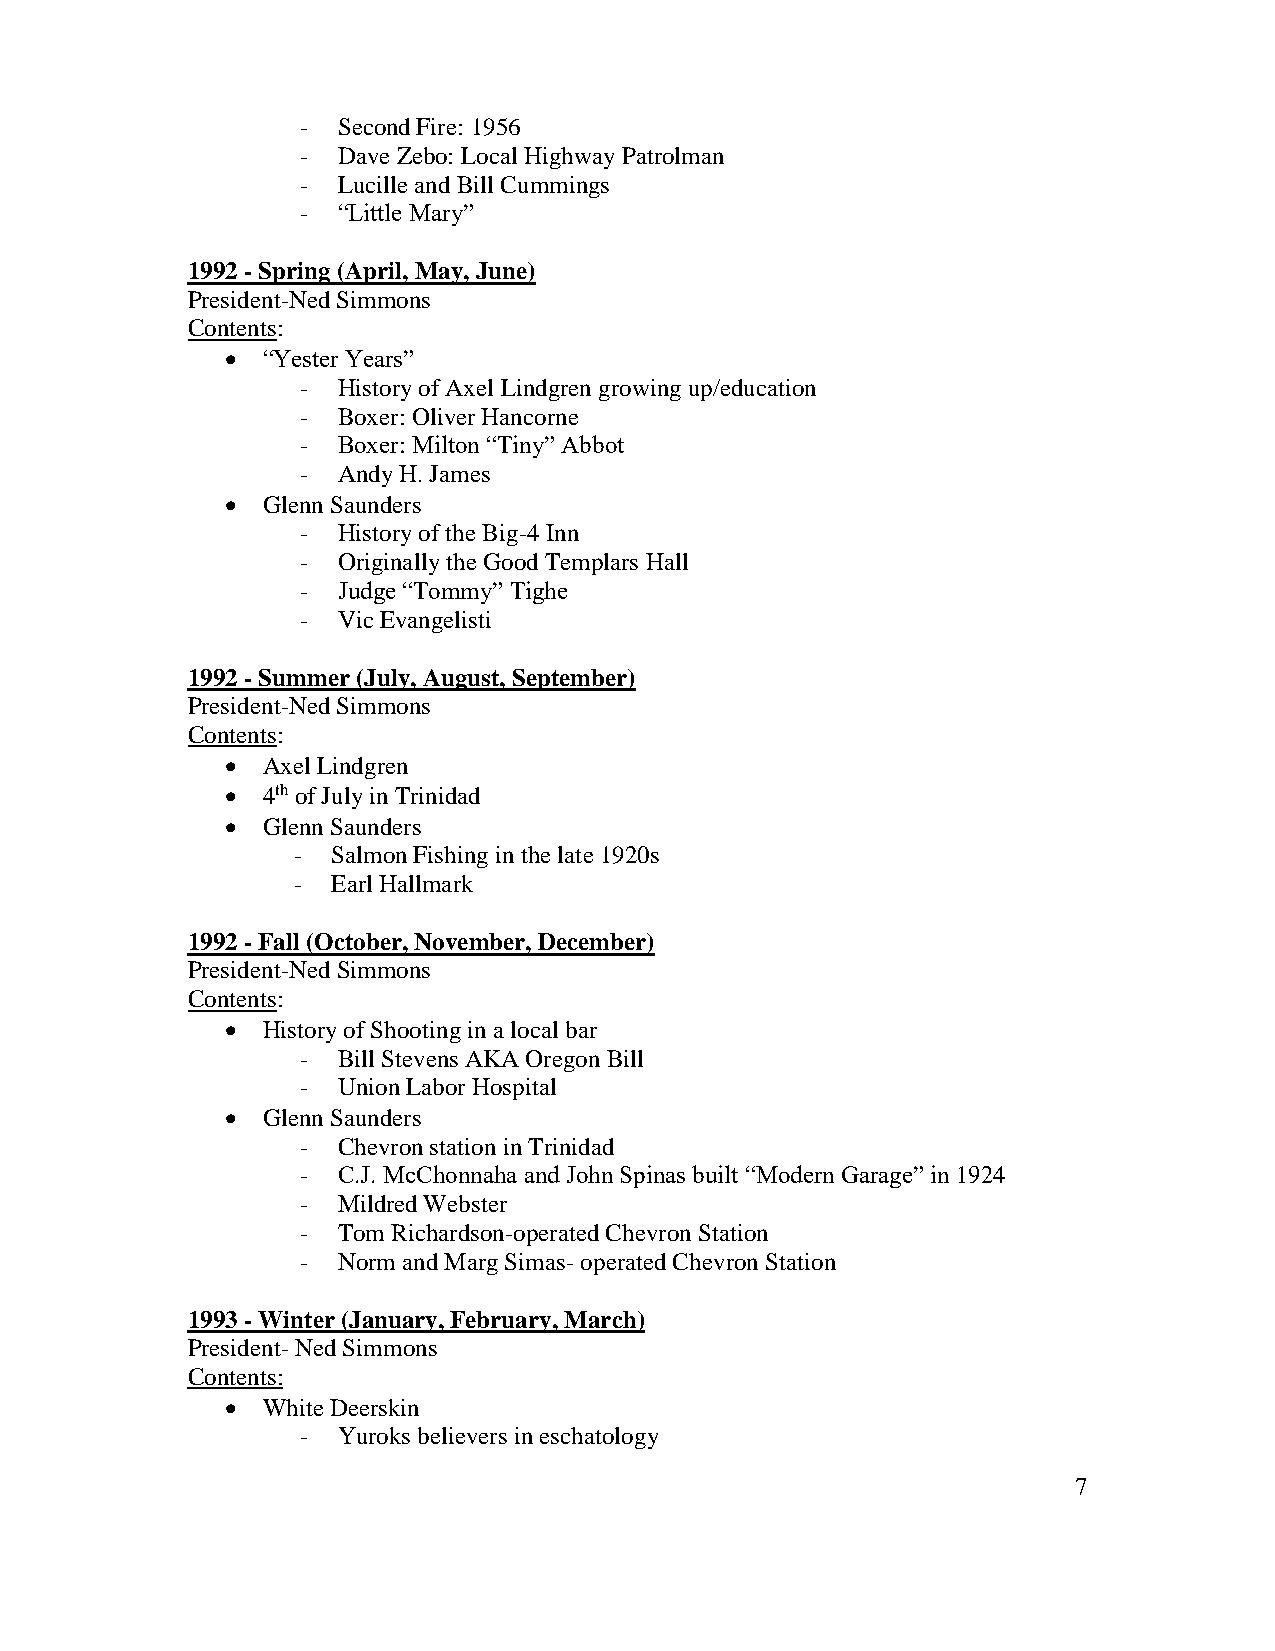
- Second Fire: 1956
 - Dave Zebo: Local Highway Patrolman
 - Lucille and Bill Cummings
 - “Little Mary”
 1992 - Spring (April, May, June)
 President-Ned Simmons
 Contents:
  “Yester Years”
 - History of Axel Lindgren growing up/education
 - Boxer: Oliver Hancorne
 - Boxer: Milton “Tiny” Abbot
 - Andy H. James
  Glenn Saunders
 - History of the Big-4 Inn
 - Originally the Good Templars Hall
 - Judge “Tommy” Tighe
 - Vic Evangelisti
 1992 - Summer (July, August, September)
 President-Ned Simmons
 Contents:
  Axel Lindgren
  4th of July in Trinidad
  Glenn Saunders
 -  Salmon Fishing in the late 1920s
 -  Earl Hallmark
 1992 - Fall (October, November, December)
 President-Ned Simmons
 Contents:
  History of Shooting in a local bar
 - Bill Stevens AKA Oregon Bill
 - Union Labor Hospital
  Glenn Saunders
 - Chevron station in Trinidad
 - C.J. McChonnaha and John Spinas built “Modern Garage” in 1924
 - Mildred Webster
 - Tom Richardson-operated Chevron Station
 - Norm and Marg Simas- operated Chevron Station
 1993 - Winter (January, February, March)
 President- Ned Simmons
 Contents:
  White Deerskin
 - Yuroks believers in eschatology
 7